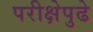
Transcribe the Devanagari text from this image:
परीक्षेपुढे